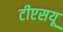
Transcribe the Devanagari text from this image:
टीएसयू